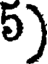
5)